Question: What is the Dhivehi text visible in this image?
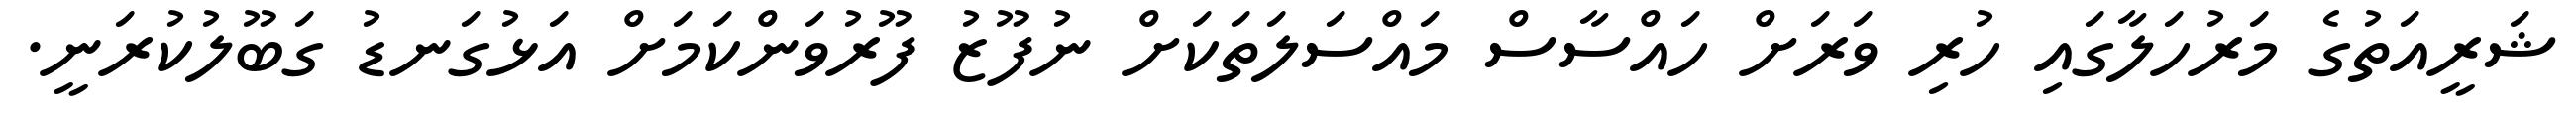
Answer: ޝަރީއަތުގެ މަރުހަލާގައި ހުރި ވަރަށް ހައްސާސް މައްސަލަތަކަށް ނުފޫޒު ފޫރުވަންކަމަށް އަޅުގަނޑު ގަބޫލުކުރަނީ.